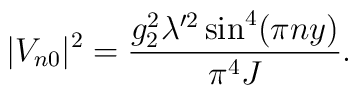
|V_{n0}|^2 =\frac{g_2^2 \lambda^{\prime 2}\sin^4(\pi ny)}{\pi^4J}.